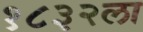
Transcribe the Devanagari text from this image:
१८३२ला